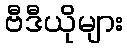
ဗီဒီယိုများ